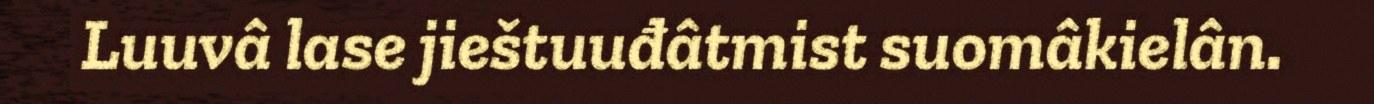
Luuvâ lase jieštuuđâtmist suomâkielân.